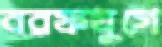
বরফযুগে